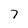
Character: 7